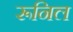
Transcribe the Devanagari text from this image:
रूनिल